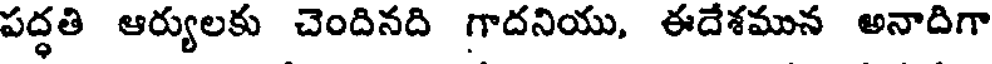
పద్ధతి ఆర్యులకు చెందినది గాదనియు, ఈదేశమున అనాదిగా